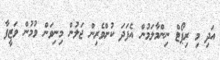
އަދި މި ރިޕޯޓް ނިންމާލަމުން އެފަދަ ކުށްވެރިން ޖަލުން މިނިވަން ވުމުން ވަޒީފާ